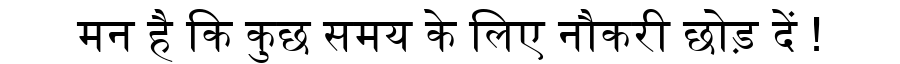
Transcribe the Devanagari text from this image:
मन है कि कुछ समय के लिए नौकरी छोड़ दें !